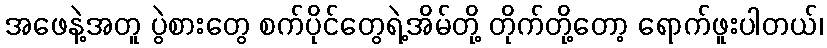
အဖေနဲ့အတူ ပွဲစားတွေ စက်ပိုင်တွေရဲ့အိမ်တို့ တိုက်တို့တော့ ရောက်ဖူးပါတယ်၊